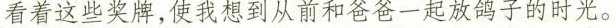
看着这恐奖牌，使以想到从前和爸爸一起放鸽子的时光。